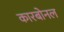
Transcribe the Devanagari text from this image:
कारबोनल